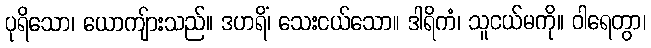
ပုရိသော၊ ယောကျ်ားသည်။ ဒဟရိံ၊ သေးငယ်သော။ ဒါရိကံ၊ သူငယ်မကို။ ဝါရေတွာ၊